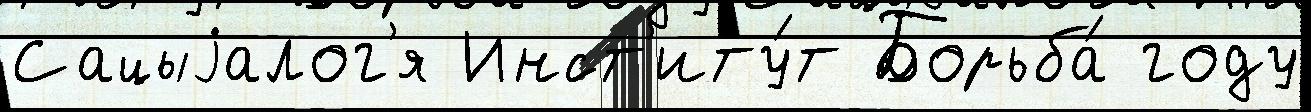
Сацыjалог'я Инст'иту́т Борьба́ году